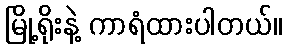
မြို့ရိုးနဲ့ ကာရံထားပါတယ်။